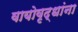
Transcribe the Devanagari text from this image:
वायोवृद्धांना